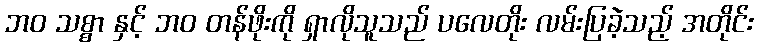
ဘဝ သစ္စာ နှင့် ဘဝ တန်ဖိုးကို ရှာလိုသူသည် ပလေတိုး လမ်းပြခဲ့သည့် အတိုင်း